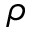
\boldsymbol { \rho }